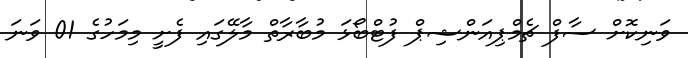
ވަނިކޮށް ސާފް ޗެމްޕިއަންޝިޕް ފުޓްބޯޅަ މުބާރާތް މާލޭގައި ފެށީ މިމަހުގެ 01 ވަނަ